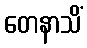
တေနာသိံ